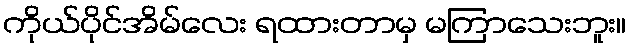
ကိုယ်ပိုင်အိမ်လေး ရထားတာမှ မကြာသေးဘူး။